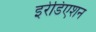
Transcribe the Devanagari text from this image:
इरेडिएशन